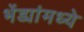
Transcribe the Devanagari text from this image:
भेंड्यांमध्ये